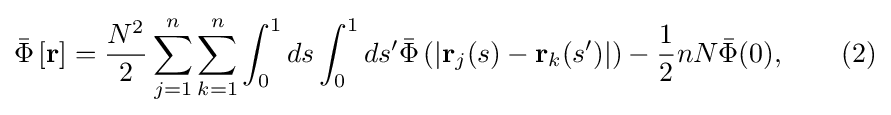
{\bar {\Phi }}\left[\mathbf {r} \right]={\frac {N^{2}}{2}}\sum _{j=1}^{n}\sum _{k=1}^{n}\int _{0}^{1}ds\int _{0}^{1}ds'{\bar {\Phi }}\left(\left|\mathbf {r} _{j}(s)-\mathbf {r} _{k}(s')\right|\right)-{\frac {1}{2}}nN{\bar {\Phi }}(0),\qquad (2)